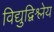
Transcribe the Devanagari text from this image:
विद्युद्विश्लेय